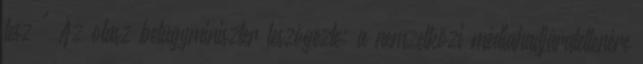
lesz " Az olasz belügyminiszter leszögezte: a nemzetközi médiahadjáratellenére